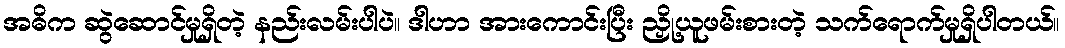
အဓိက ဆွဲဆောင်မှုရှိတဲ့ နည်းလမ်းပါပဲ။ ဒါဟာ အားကောင်းပြီး ညှို့ယူဖမ်းစားတဲ့ သက်ရောက်မှုရှိပါတယ်။